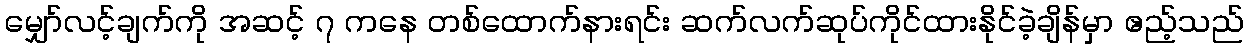
မျှော်လင့်ချက်ကို အဆင့် ၇ ကနေ တစ်ထောက်နားရင်း ဆက်လက်ဆုပ်ကိုင်ထားနိုင်ခဲ့ချိန်မှာ ဧည့်သည်